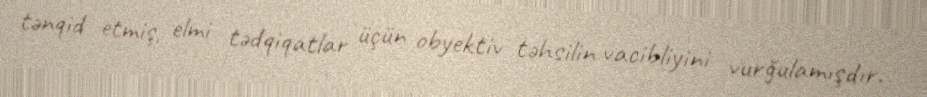
tənqid etmiş, elmi tədqiqatlar üçün obyektiv təhsilin vacibliyini vurğulamışdır.